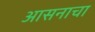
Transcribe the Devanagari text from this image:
आसनाचा